Document type: Emphyteutic lease
Year: 1473
Scribe: [Unknown]
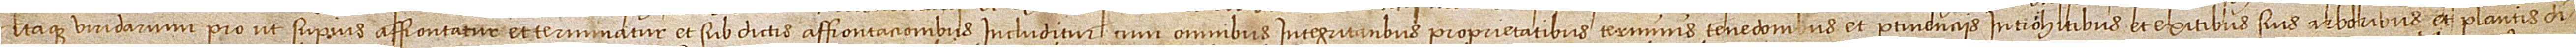
itaque viridarium, prout superius affrontatur et terminatur, et sub dictis affrontacionibus includitur, cum omnibus integritatibus, proprietatibus, terminis, tenedonibus et pertinenciis, introhitibus et exitibus suis, arboribus et plantis di-